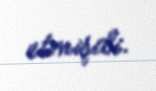
etmişdi.